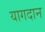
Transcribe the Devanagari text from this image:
यागदान